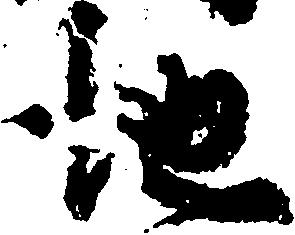
地